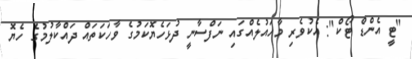
"ޓީ އެންޑް ޓޯކް": އެކުވެރި މާހައުލެއްގައި ނަފްސާނީ ދުޅަހެޔޮކަމުގެ ވާހަކަތައް ދައްކާލުމުގެ ހެޔޮ